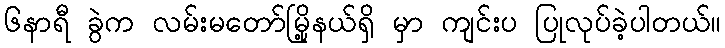
၆နာရီ ခွဲက လမ်းမတော်မြို့နယ်ရှိ မှာ ကျင်းပ ပြုလုပ်ခဲ့ပါတယ်။